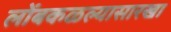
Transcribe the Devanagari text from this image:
लोंबकळल्यासारखा